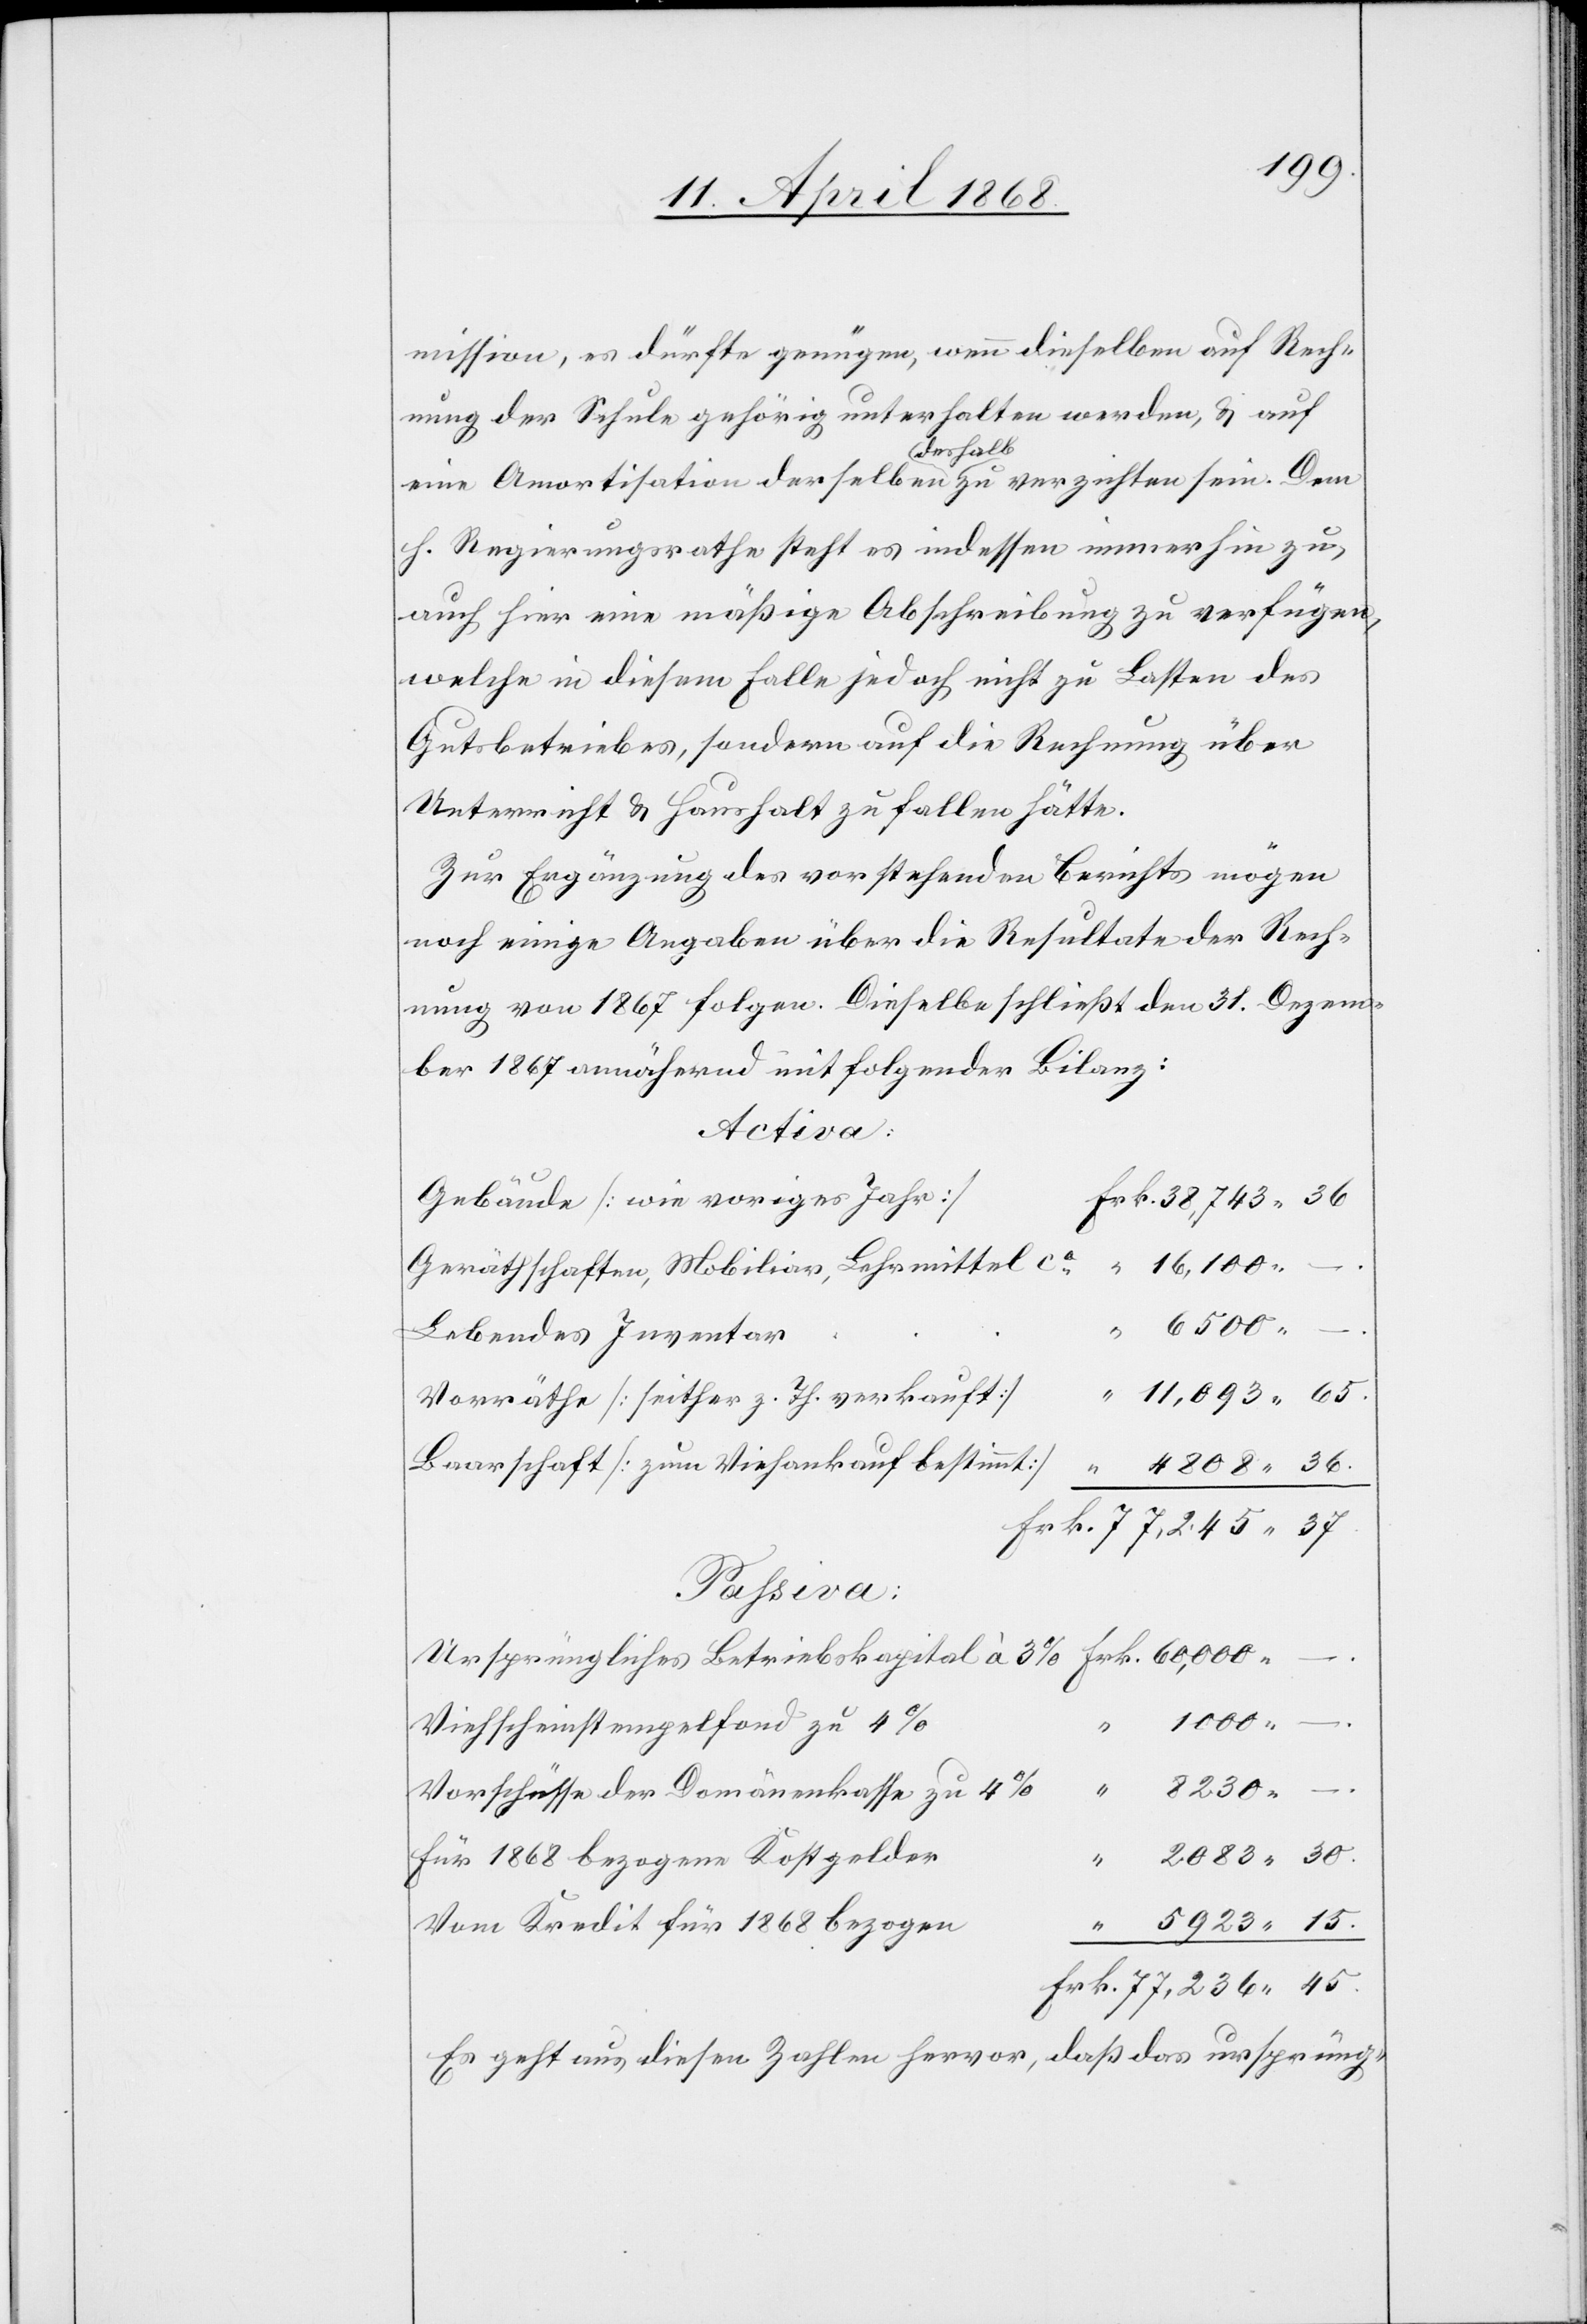
mission, es dürfte genügen, wenn dieselben auf Rech¬
nung der Schule gehörig unterhalten werden, & auf
eine Amortisation derselben deshalb zu verzichten sein. Dem
h. Regierungsrathe steht es indessen immerhin zu,
auch hier eine mäßige Abschreibung zu verfügen,
welche in diesem Falle jedoch nicht zu Lasten des
Gutsbetriebes, sondern auf die Rechnung über
Unterricht & Haushalt zu fallen hätte.
Zur Ergänzung des vorstehenden Berichts mögen
noch einige Angaben über die Resultate der Rech¬
nung von 1867 folgen. Dieselbe schließt den 31. Dezem¬
ber 1867 annähernd mit folgender Bilanz:
Activa:
Gebäude [wie voriges Jahr]
Frk. 38,743. 36
“ 16,100. –
Geräthschaften, Mobiliar, Lehrmittel ca.
“ 6500. –
Lebendes Inventar
“ 11,093. 65.
Vorräthe [seither z. Th. verkauft]
Baarschaft [zum Viehankauf bestimmt]
4808. 36.
Frk. 77,245. 37.
Passiva:
Frk. 60,000.
Ursprüngliches Betriebskapital à 3%
1000. –
Viehscheinstempelfond zu 4%
“ 8230. –
Vorschüsse der Domänenkasse zu 4%
2083. 30.
Für 1868 bezogene Kostgelder
“
Vom Kredit für 1868 bezogen
5923. 15.
Frk. 77,236. 45.
Es geht aus diesen Zahlen hervor, daß das ursprüng-